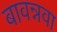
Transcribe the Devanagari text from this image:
बावन्नवा